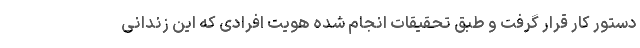
دستور کار قرار گرفت و طبق تحقیقات انجام شده هویت افرادی که این زندانی